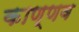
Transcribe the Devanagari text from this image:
काण्णव